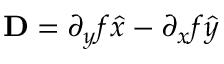
{ \bf D } = \partial _ { y } f \hat { x } - \partial _ { x } f \hat { y }